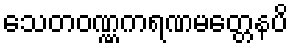
သေတဝဏ္ဏကရဏမတ္တေနပိ